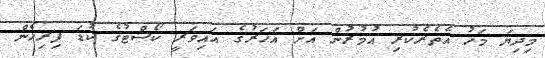
މިދިޔަ މަހު އެތެރެކުރި އުމުރުން އަށް އަހަރުގެ އައިވަރީ ކޯސްޓުގެ ކުޑަ ފިރިހެން